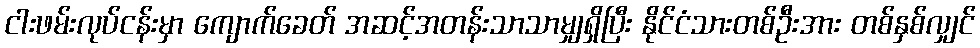
ငါးဖမ်းလုပ်ငန်းမှာ ကျောက်ခေတ် အဆင့်အတန်းသာသာမျှရှိပြီး နိုင်ငံသားတစ်ဦးအား တစ်နှစ်လျှင်